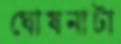
ঘোষনাটা